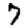
Digit: 7